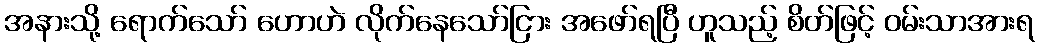
အနားသို့ ရောက်သော် ဟောဟဲ လိုက်နေသော်ငြား အဖော်ရပြီ ဟူသည့် စိတ်ဖြင့် ဝမ်းသာအားရ